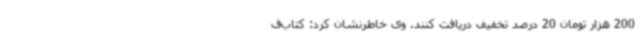
200 هزار تومان 20 درصد تخفیف دریافت کنند. وی خاطرنشان کرد: کتاب‌ف